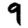
Digit: 9